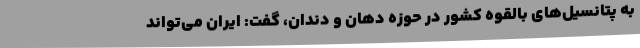
به پتانسیل‌های بالقوه کشور در حوزه دهان و دندان، گفت: ایران می‌تواند